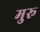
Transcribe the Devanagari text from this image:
मुरू